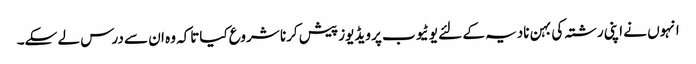
انہوں نے اپنی رشتہ کی بہن نادیہ کے لئے یوٹیوب پر ویڈیوز پیش کرنا شروع کیاتاکہ وہ ان سے درس لے سکے۔